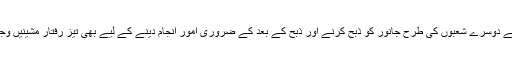
چنانچہ زندگی کے دوسرے شعبوں کی طرح جانور کو ذبح کرنے اور ذبح کے بعد کے ضروری امور انجام دینے کے لیے بھی تیز رفتار مشینیں وجود میں آگئی ہیں۔